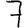
Digit: 7